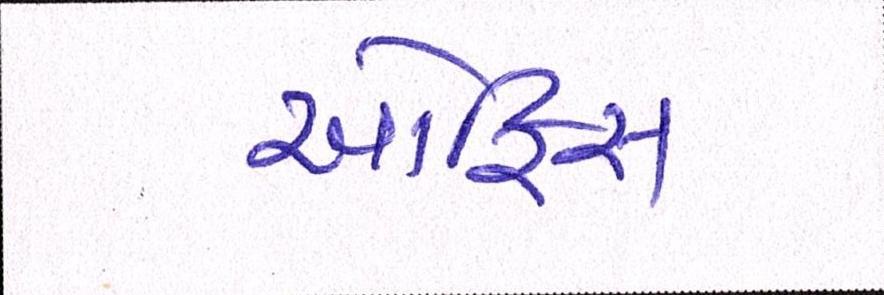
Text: ઑફિસ